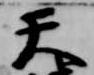
天